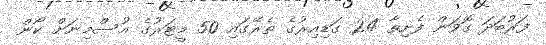
ފަރުބަދަ ގޮވަން ފެށިތާ 24 ގަޑިއިރުގެ ތެރޭގައި 50 މީޓަރުގެ އުސްމިނަށް ކޯން